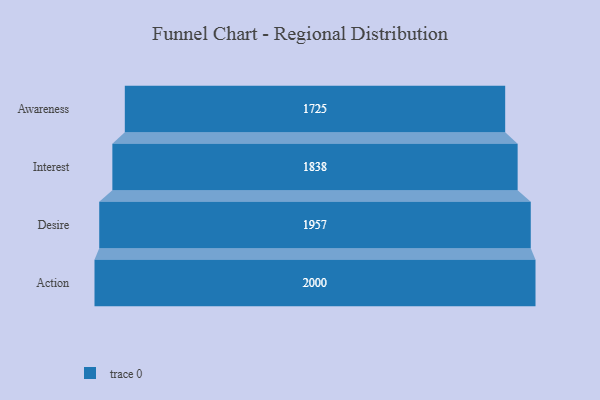
{"axis": {"x": "Stage", "y": "Value"}, "legend": [""], "data": [{"x": "Awareness", "y": 1725.0, "type": ""}, {"x": "Interest", "y": 1838.0, "type": ""}, {"x": "Desire", "y": 1957.0, "type": ""}, {"x": "Action", "y": 2000, "type": ""}]}